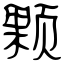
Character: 颗